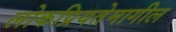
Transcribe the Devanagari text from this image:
लोकप्रियतेमागील